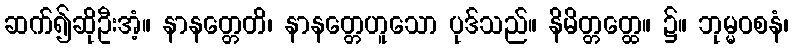
ဆက်၍ဆိုဦးအံ့။ နာနတ္တေတိ၊ နာနတ္တေဟူသော ပုဒ်သည်။ နိမိတ္တတ္ထေ။ ၌။ ဘုမ္မဝစနံ၊